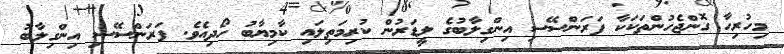
މިހުރިހާ ގޮންޖެހުންތަކަކާ ފަރަންސޭސި އިންގިލާބުގެ ލީޑަރުން ކުރިމަތިލައި ކާމިޔާބު ހޯދިއެވެ. ފަރަންސޭސި އިންގިލާބު